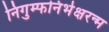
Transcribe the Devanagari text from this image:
निगुम्फनिर्भक्षरन्म